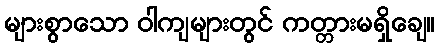
များစွာသော ဝါကျများတွင် ကတ္တားမရှိချေ။